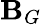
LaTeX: \mathbf{B}_{G}